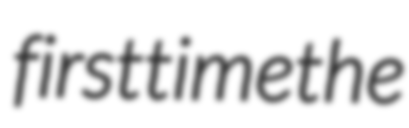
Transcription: first time the